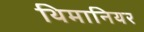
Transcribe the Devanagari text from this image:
थिमानियर